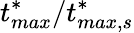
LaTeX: t_{max}^{*}/t_{max,s}^{*}